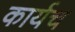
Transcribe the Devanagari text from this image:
कार्यच